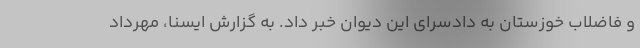
و فاضلاب خوزستان به دادسرای این دیوان خبر داد. به گزارش ایسنا، مهرداد